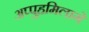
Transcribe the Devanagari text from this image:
अप्पुहमिलागे